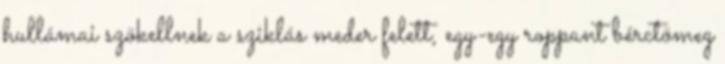
hullámai szökellnek a sziklás meder felett, egy-egy roppant bérctömeg